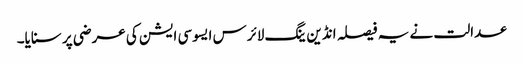
عدالت نے یہ فیصلہ انڈین ینگ لائرس ایسوسی ایشن کی عرضی پر سنایا۔